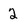
Character: 2